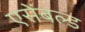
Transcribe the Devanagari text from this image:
एसेंबल्ड